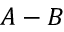
A - B